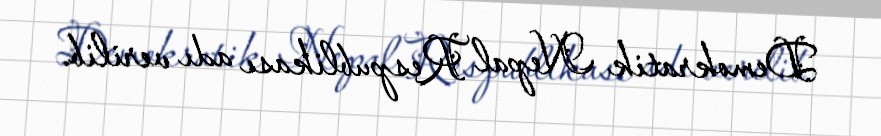
Demokratik Nepal Respublikası adı verilib.